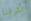
تشرفنا